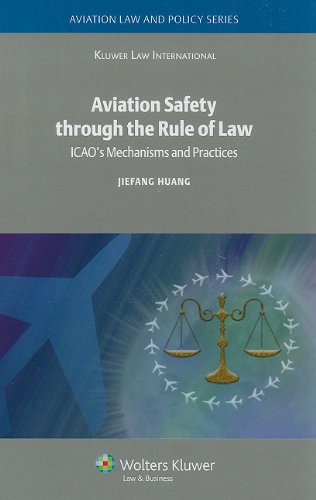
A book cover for Aviation Safety through the Rule of Law: ICAO's Mechanisms and Practices (Aviation Law and Policy); J. Huang; Law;